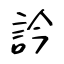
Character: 訡